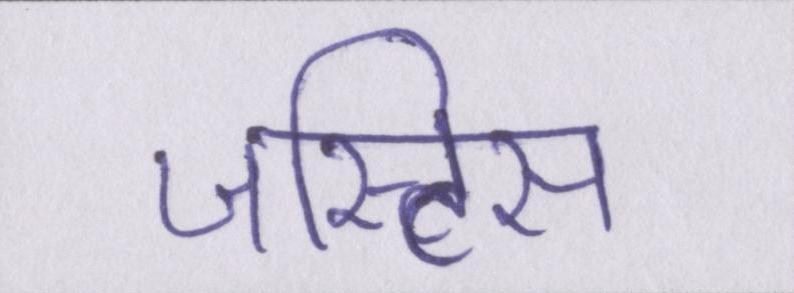
जस्टिस